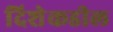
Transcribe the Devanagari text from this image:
दिशेकडील